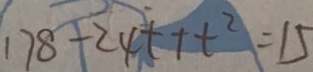
1 7 8 + 2 4 t + t ^ { 2 } = 1 5